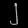
Digit: ၂